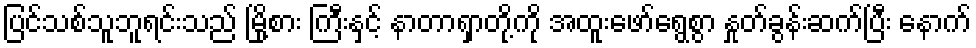
ပြင်သစ်သူဘူရင်းသည် မြို့စား ကြီးနှင့် နာတာရှာတို့ကို အထူးဖော်ရွေစွာ နှုတ်ခွန်းဆက်ပြီး နောက်